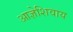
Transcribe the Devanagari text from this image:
आज्ञेशिवाय